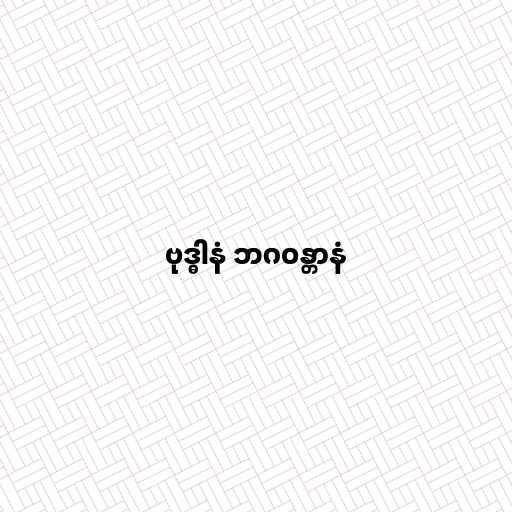
ဗုဒ္ဓါနံ ဘဂဝန္တာနံ